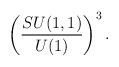
LaTeX: \begin{align*}\left(\frac{SU(1,1)}{U(1)}\right)^3.\end{align*}